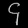
Digit: ၄